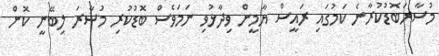
މުސާރަބޮޑުކުރާނެ ކަމުގައި ރައީސް ޔާމީން ވިދާޅުވި ނަމަވެސް ބޮޑުކުރި މުސާރަ ލިބޭނީ ކޮން